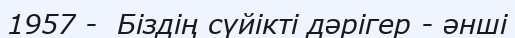
1957 -  Біздің сүйікті дәрігер - әнші